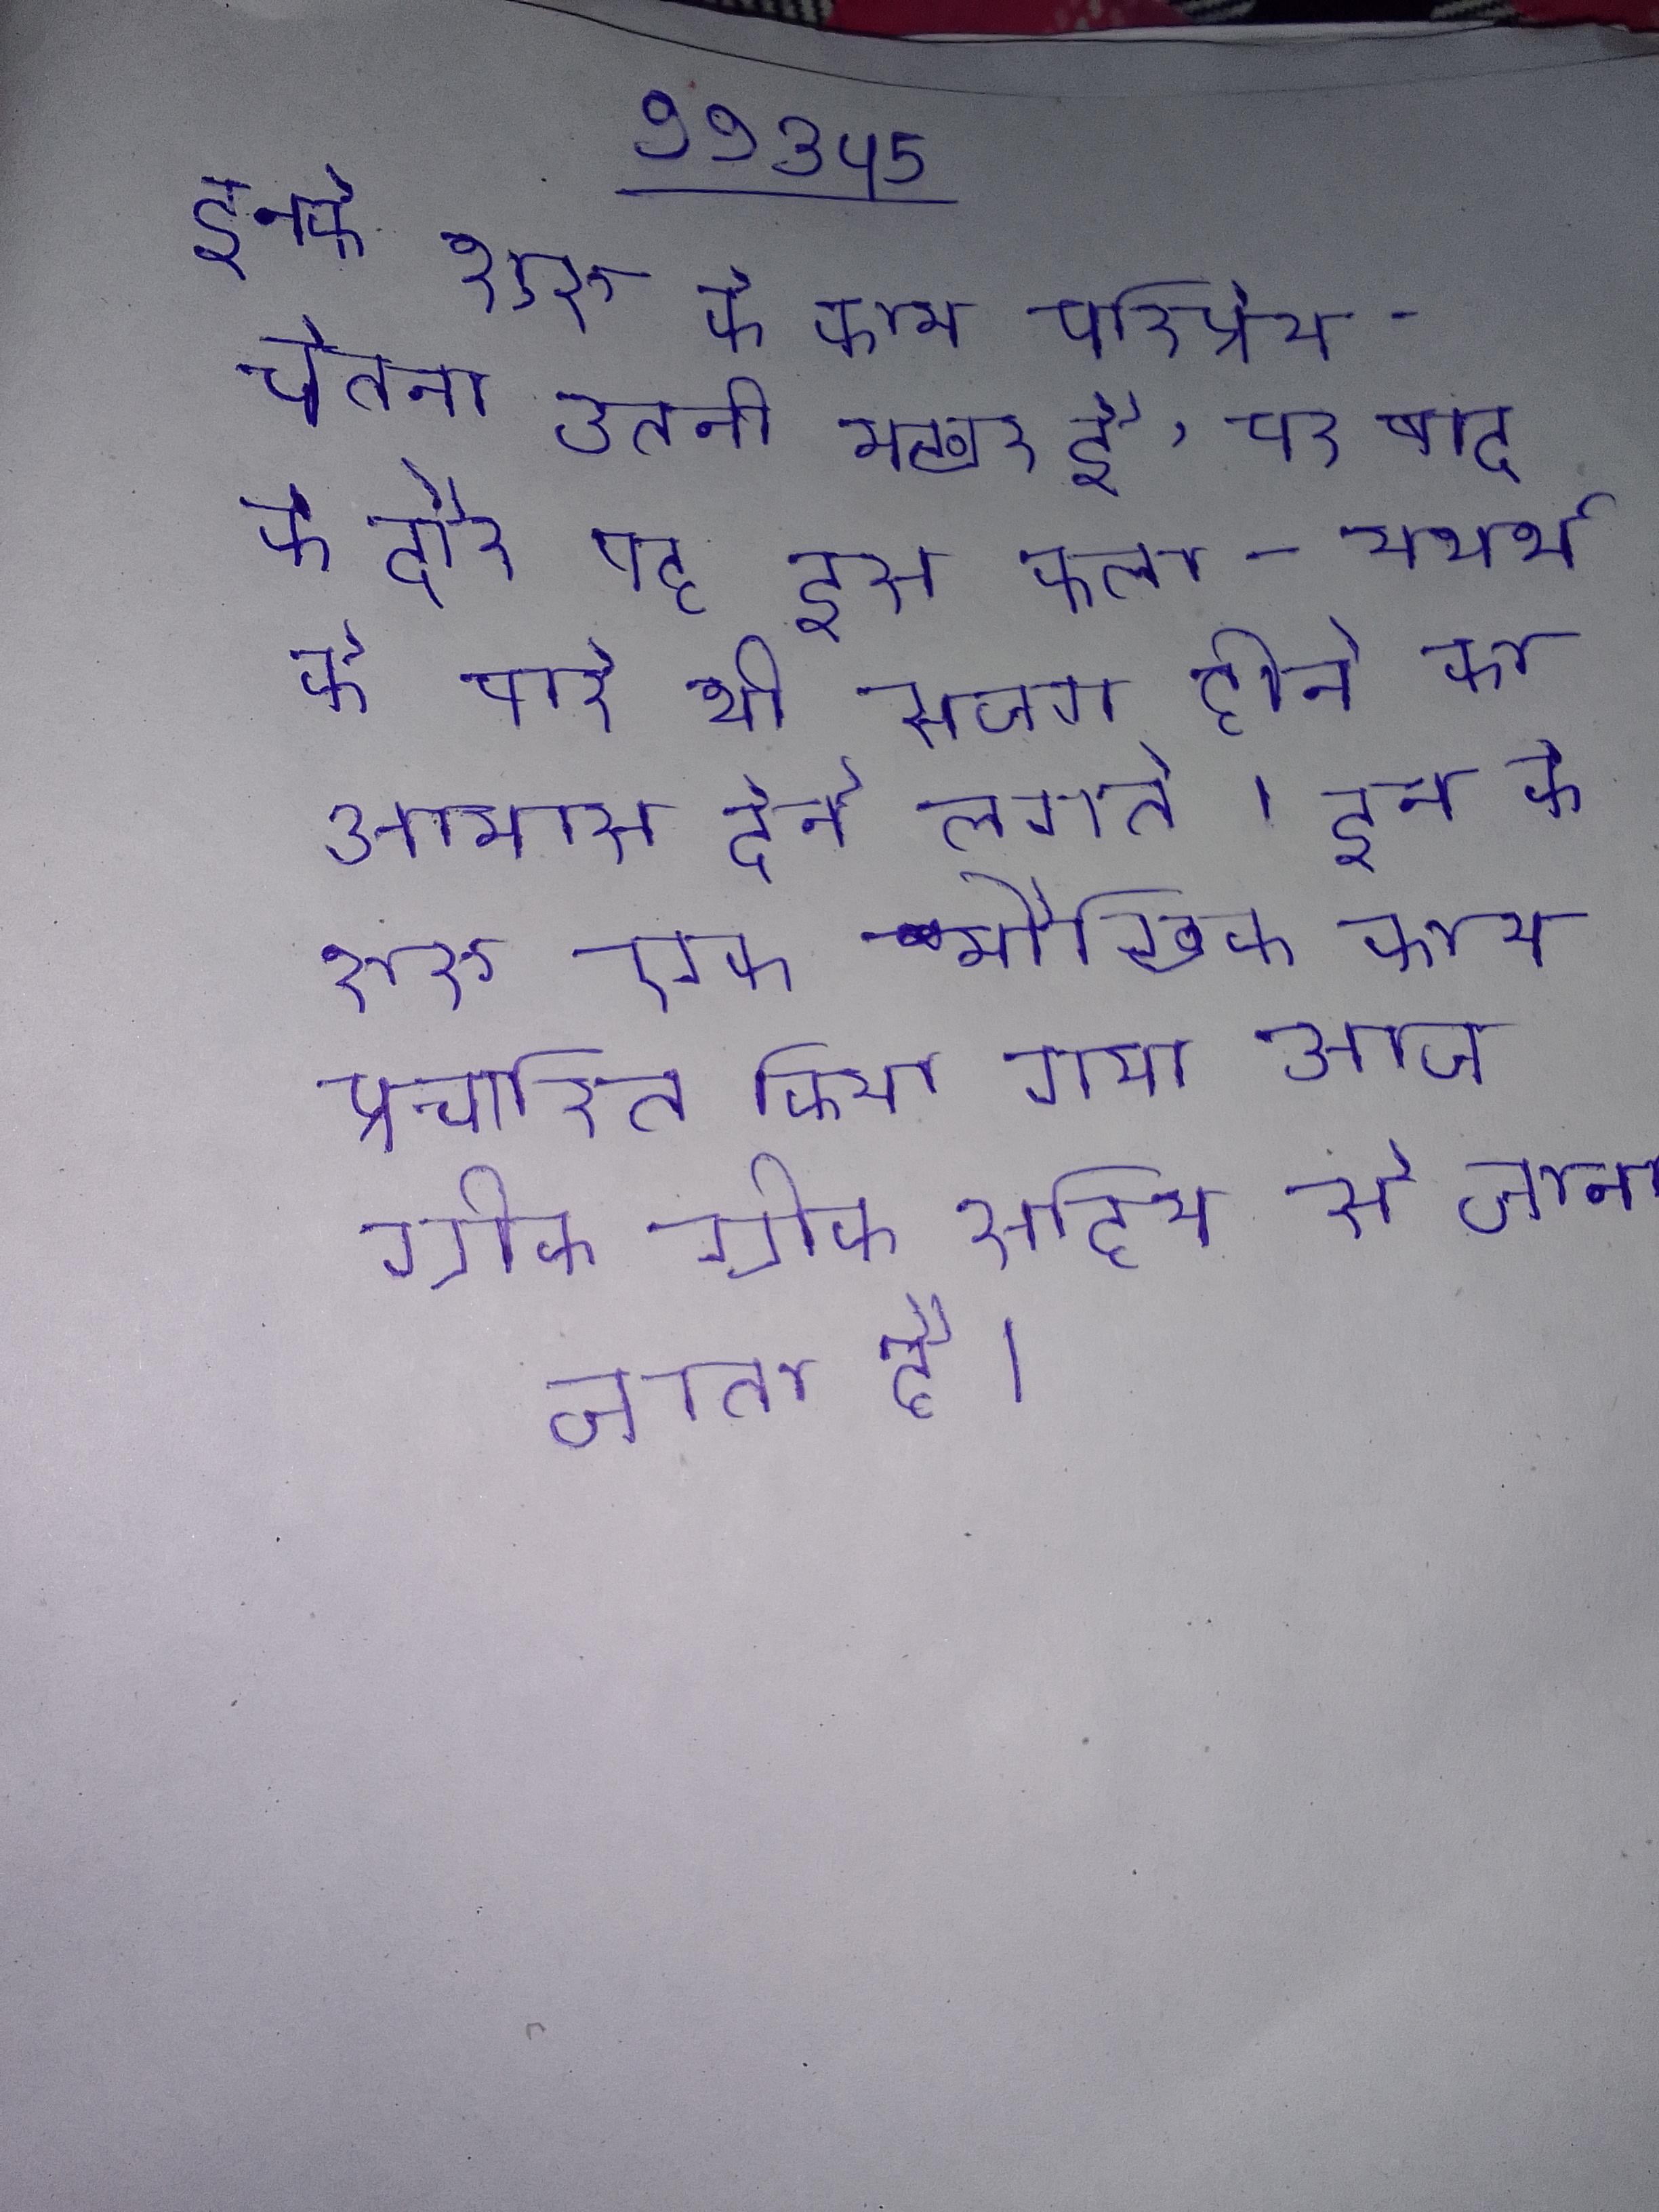
इनके शुरू के काम परिप्रेक्ष्य-चेतना उतनी मुखर है, पर बाद के दौर वह इस कला-यथार्थ के बारे भी सजग होने का आभास देने लगते । इन के शुरू एक मौखिक काव्य प्रचारित किया गया आज ग्रीक ग्रीक साहित्य से जाना जाता है ।